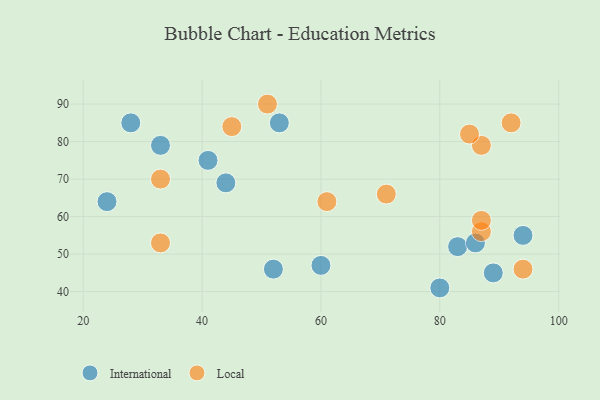
{"axis": {"x": "GDP", "y": "Life Expectancy"}, "legend": ["International", "Local"], "data": [{"x": "94", "y": 55, "type": "International"}, {"x": "33", "y": 79, "type": "International"}, {"x": "80", "y": 41, "type": "International"}, {"x": "83", "y": 52, "type": "International"}, {"x": "41", "y": 75, "type": "International"}, {"x": "53", "y": 85, "type": "International"}, {"x": "60", "y": 47, "type": "International"}, {"x": "24", "y": 64, "type": "International"}, {"x": "44", "y": 69, "type": "International"}, {"x": "52", "y": 46, "type": "International"}, {"x": "86", "y": 53, "type": "International"}, {"x": "28", "y": 85, "type": "International"}, {"x": "89", "y": 45, "type": "International"}, {"x": "71", "y": 66, "type": "Local"}, {"x": "87", "y": 56, "type": "Local"}, {"x": "33", "y": 53, "type": "Local"}, {"x": "87", "y": 79, "type": "Local"}, {"x": "85", "y": 82, "type": "Local"}, {"x": "92", "y": 85, "type": "Local"}, {"x": "61", "y": 64, "type": "Local"}, {"x": "45", "y": 84, "type": "Local"}, {"x": "94", "y": 46, "type": "Local"}, {"x": "87", "y": 59, "type": "Local"}, {"x": "33", "y": 70, "type": "Local"}, {"x": "51", "y": 90, "type": "Local"}]}